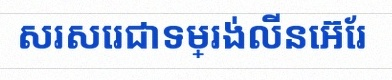
សរសេរជាទម្រង់លីនេអ៊ែរ